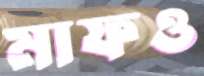
মাফও